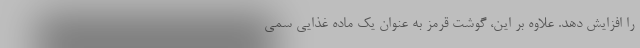
را افزایش دهد. علاوه بر این، گوشت قرمز به عنوان یک ماده غذایی سمی